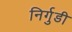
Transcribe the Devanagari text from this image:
निर्गुडी